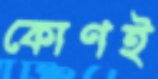
কোণই